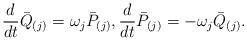
LaTeX: \begin{align*}\frac{d}{dt} \bar{Q}_{(j)} = \omega_j \bar{P}_{(j)},\frac{d}{dt} \bar{P}_{(j)} =-\omega_j \bar{Q}_{(j)}.\end{align*}